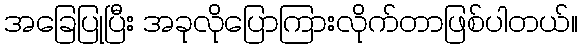
အခြေပြုပြီး အခုလိုပြောကြားလိုက်တာဖြစ်ပါတယ်။